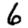
Digit: 6